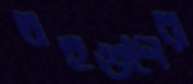
বহুগুণের